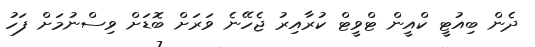
ދެން ބިއުޓީ ކްއީން ޓްވީޓް ކުރާއިރު ޖެހޭނެ ވަރަށް ބޮޑަށް ވިސްނުމަށް ފަހު